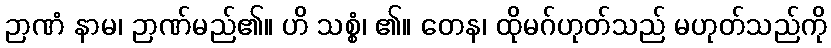
ဉာဏံ နာမ၊ ဉာဏ်မည်၏။ ဟိ သစ္စံ၊ ၏။ တေန၊ ထိုမဂ်ဟုတ်သည် မဟုတ်သည်ကို